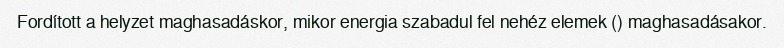
Fordított a helyzet maghasadáskor, mikor energia szabadul fel nehéz elemek () maghasadásakor.